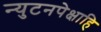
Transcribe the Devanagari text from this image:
न्युटनपेक्षाहि